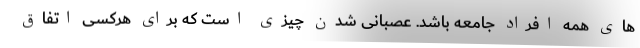
های همه افراد جامعه باشد. عصبانی شدن چیزی است که برای هرکسی اتفاق